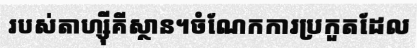
របស់តាហ្ស៊ីគីស្ថាន។ចំណែកការប្រកួតដែល